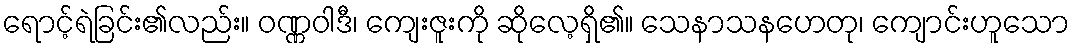
ရောင့်ရဲခြင်း၏လည်း။ ဝဏ္ဏဝါဒီ၊ ကျေးဇူးကို ဆိုလေ့ရှိ၏။ သေနာသနဟေတု၊ ကျောင်းဟူသော